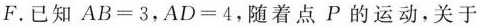
F。已知AB=3，AD=4，随着点P的运动，关于